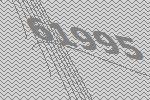
61995